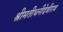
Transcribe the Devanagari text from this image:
श्रीमतीधनीदेवीराव